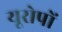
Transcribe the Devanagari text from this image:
यूरोपों